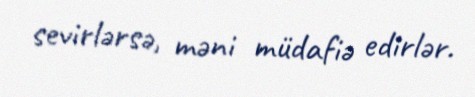
sevirlərsə, məni müdafiə edirlər.